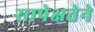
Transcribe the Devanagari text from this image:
सापेक्षतेने